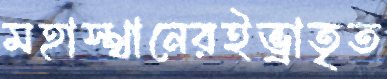
মহাস্থানেরইভ্রাতৃত